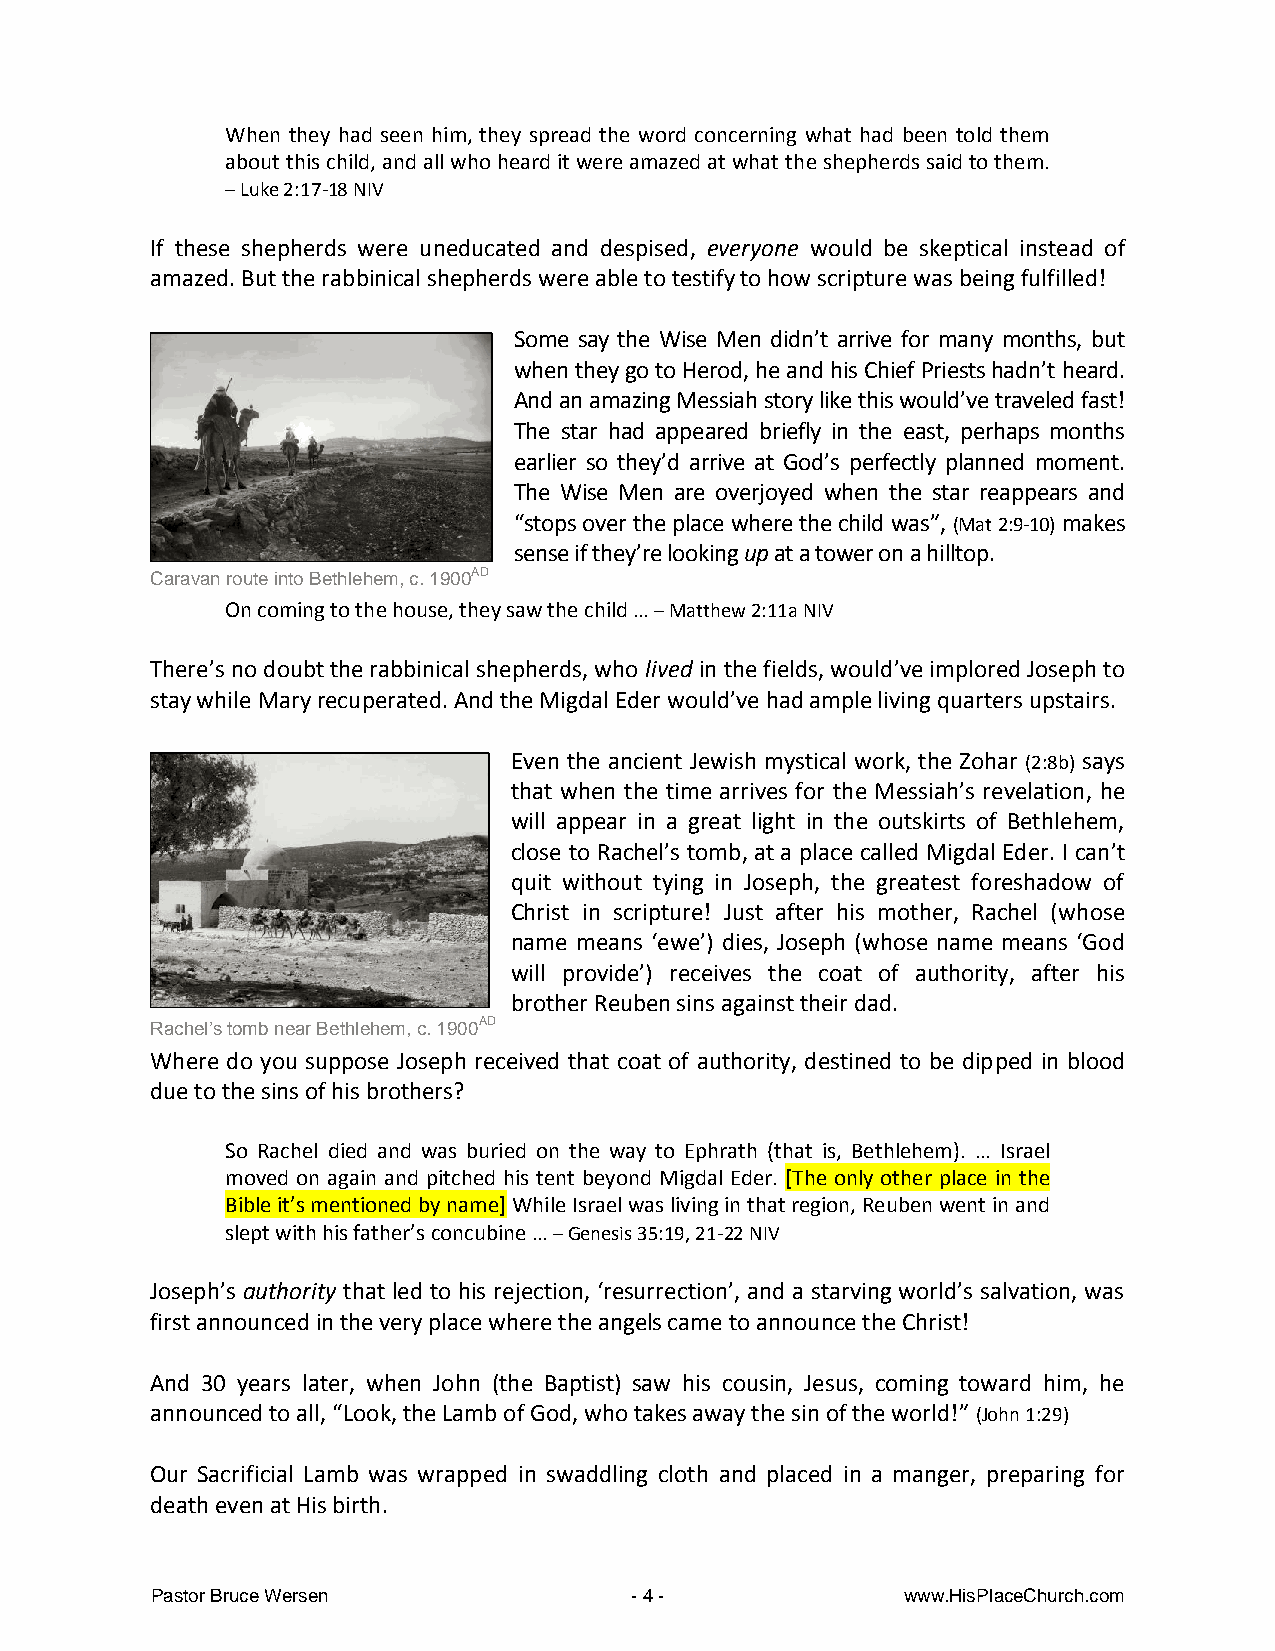
When they had seen him, they spread the word concerning what had been told them
 about this child, and all who heard it were amazed at what the shepherds said to them.
 – Luke 2:17-18 NIV
 If these shepherds were uneducated and despised, everyone would be skeptical instead of
 amazed. But the rabbinical shepherds were able to testify to how scripture was being fulfilled!
 Some say the Wise Men didn’t arrive for many months, but
 when they go to Herod, he and his Chief Priests hadn’t heard.
 And an amazing Messiah story like this would’ve traveled fast!
 The star had appeared briefly in the east, perhaps months
 earlier so they’d arrive at God’s perfectly planned moment.
 The Wise Men are overjoyed when the star reappears and
 “stops over the place where the child was”, (Mat 2:9-10) makes
 sense if they’re looking up at a tower on a hilltop.
 Caravan route into Bethlehem, c. 1900AD
 On coming to the house, they saw the child … – Matthew 2:11a NIV
 There’s no doubt the rabbinical shepherds, who lived in the fields, would’ve implored Joseph to
 stay while Mary recuperated. And the Migdal Eder would’ve had ample living quarters upstairs.
 Even the ancient Jewish mystical work, the Zohar (2:8b) says
 that when the time arrives for the Messiah’s revelation, he
 will appear in a great light in the outskirts of Bethlehem,
 close to Rachel’s tomb, at a place called Migdal Eder. I can’t
 quit without tying in Joseph, the greatest foreshadow of
 Christ in scripture! Just after his mother, Rachel (whose
 name means ‘ewe’) dies, Joseph (whose name means ‘God
 will provide’) receives the coat of authority, after his
 brother Reuben sins against their dad.
 Rachel’s tomb near Bethlehem, c. 1900AD
 Where do you suppose Joseph received that coat of authority, destined to be dipped in blood
 due to the sins of his brothers?
 So Rachel died and was buried on the way to Ephrath (that is, Bethlehem). … Israel
 moved on again and pitched his tent beyond Migdal Eder. [The only other place in the
 Bible it’s mentioned by name] While Israel was living in that region, Reuben went in and
 slept with his father’s concubine … – Genesis 35:19, 21-22 NIV
 Joseph’s authority that led to his rejection, ‘resurrection’, and a starving world’s salvation, was
 first announced in the very place where the angels came to announce the Christ!
 And 30 years later, when John (the Baptist) saw his cousin, Jesus, coming toward him, he
 announced to all, “Look, the Lamb of God, who takes away the sin of the world!” (John 1:29)
 Our Sacrificial Lamb was wrapped in swaddling cloth and placed in a manger, preparing for
 death even at His birth.
 Pastor Bruce Wersen             - 4 -             www.HisPlaceChurch.com